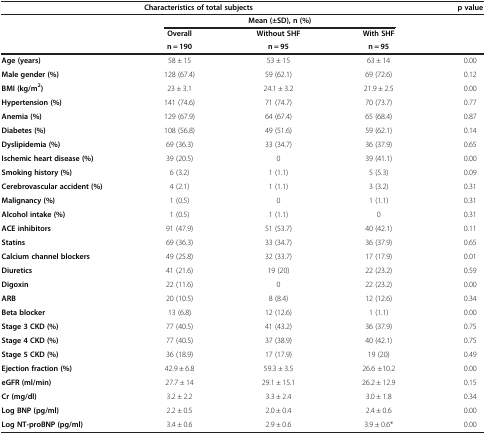
<table><thead><tr><td colspan="4"><b>Characteristics of total subjects</b></td><td><b>p value</b></td></tr><tr><td><b> </b></td><td colspan="3"><b>Mean (±SD), n (%)</b></td><td><b> </b></td></tr><tr><td><b> </b></td><td><b>Overall</b></td><td><b>Without SHF</b></td><td><b>With SHF</b></td><td><b> </b></td></tr><tr><td><b> </b></td><td><b>n = 190</b></td><td><b>n = 95</b></td><td><b>n = 95</b></td><td><b> </b></td></tr></thead><tbody><tr><td><b>Age (years)</b></td><td>58 ± 15</td><td>53 ± 15</td><td>63 ± 14</td><td>0.00</td></tr><tr><td><b>Male gender (%)</b></td><td>128 (67.4)</td><td>59 (62.1)</td><td>69 (72.6)</td><td>0.12</td></tr><tr><td><b>BMI (kg/m</b><sup><b>2</b></sup><b>)</b></td><td>23 ± 3.1</td><td>24.1 ± 3.2</td><td>21.9 ± 2.5</td><td>0.00</td></tr><tr><td><b>Hypertension (%)</b></td><td>141 (74.6)</td><td>71 (74.7)</td><td>70 (73.7)</td><td>0.77</td></tr><tr><td><b>Anemia (%)</b></td><td>129 (67.9)</td><td>64 (67.4)</td><td>65 (68.4)</td><td>0.87</td></tr><tr><td><b>Diabetes (%)</b></td><td>108 (56.8)</td><td>49 (51.6)</td><td>59 (62.1)</td><td>0.14</td></tr><tr><td><b>Dyslipidemia (%)</b></td><td>69 (36.3)</td><td>33 (34.7)</td><td>36 (37.9)</td><td>0.65</td></tr><tr><td><b>Ischemic heart disease (%)</b></td><td>39 (20.5)</td><td>0</td><td>39 (41.1)</td><td>0.00</td></tr><tr><td><b>Smoking history (%)</b></td><td>6 (3.2)</td><td>1 (1.1)</td><td>5 (5.3)</td><td>0.09</td></tr><tr><td><b>Cerebrovascular accident (%)</b></td><td>4 (2.1)</td><td>1 (1.1)</td><td>3 (3.2)</td><td>0.31</td></tr><tr><td><b>Malignancy (%)</b></td><td>1 (0.5)</td><td>0</td><td>1 (1.1)</td><td>0.31</td></tr><tr><td><b>Alcohol intake (%)</b></td><td>1 (0.5)</td><td>1 (1.1)</td><td>0</td><td>0.31</td></tr><tr><td><b>ACE inhibitors</b></td><td>91 (47.9)</td><td>51 (53.7)</td><td>40 (42.1)</td><td>0.11</td></tr><tr><td><b>Statins</b></td><td>69 (36.3)</td><td>33 (34.7)</td><td>36 (37.9)</td><td>0.65</td></tr><tr><td><b>Calcium channel blockers</b></td><td>49 (25.8)</td><td>32 (33.7)</td><td>17 (17.9)</td><td>0.01</td></tr><tr><td><b>Diuretics</b></td><td>41 (21.6)</td><td>19 (20)</td><td>22 (23.2)</td><td>0.59</td></tr><tr><td><b>Digoxin</b></td><td>22 (11.6)</td><td>0</td><td>22 (23.2)</td><td>0.00</td></tr><tr><td><b>ARB</b></td><td>20 (10.5)</td><td>8 (8.4)</td><td>12 (12.6)</td><td>0.34</td></tr><tr><td><b>Beta blocker</b></td><td>13 (6.8)</td><td>12 (12.6)</td><td>1 (1.1)</td><td>0.00</td></tr><tr><td><b>Stage 3 CKD (%)</b></td><td>77 (40.5)</td><td>41 (43.2)</td><td>36 (37.9)</td><td>0.75</td></tr><tr><td><b>Stage 4 CKD (%)</b></td><td>77 (40.5)</td><td>37 (38.9)</td><td>40 (42.1)</td><td>0.75</td></tr><tr><td><b>Stage 5 CKD (%)</b></td><td>36 (18.9)</td><td>17 (17.9)</td><td>19 (20)</td><td>0.49</td></tr><tr><td><b>Ejection fraction (%)</b></td><td>42.9 ± 6.8</td><td>59.3 ± 3.5</td><td>26.6 ±10.2</td><td>0.00</td></tr><tr><td><b>eGFR (ml/min)</b></td><td>27.7 ± 14</td><td>29.1 ± 15.1</td><td>26.2 ± 12.9</td><td>0.15</td></tr><tr><td><b>Cr (mg/dl)</b></td><td>3.2 ± 2.2</td><td>3.3 ± 2.4</td><td>3.0 ± 1.8</td><td>0.34</td></tr><tr><td><b>Log BNP (pg/ml)</b></td><td>2.2 ± 0.5</td><td>2.0 ± 0.4</td><td>2.4 ± 0.6</td><td>0.00</td></tr><tr><td><b>Log NT-proBNP (pg/ml)</b></td><td>3.4 ± 0.6</td><td>2.9 ± 0.6</td><td>3.9 ± 0.6*</td><td>0.00</td></tr></tbody></table>